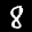
Label: 8